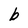
Character: b